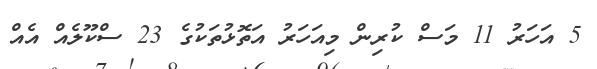
5 އަހަރު 11 މަސް ކުރިން މިއަހަރު އަތޮޅުތަކުގެ 23 ސްކޫލެއް އެއް